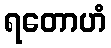
ရတောဟံ